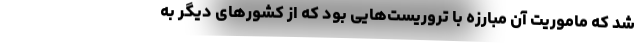
شد که ماموریت آن مبارزه با تروریست‌هایی بود که از کشورهای دیگر به